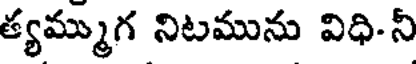
త్యమ్ముగ నిటమును విధి-నీ